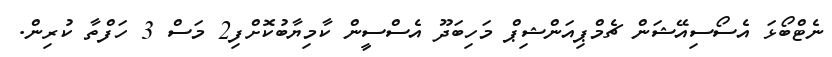
ނެޓްބޯޅަ އެސޯސިއޭޝަން ޗެމްޕިއަންޝިޕް މަހިބަދޫ އެސްސީން ކާމިޔާބުކޮށްފި2 މަސް 3 ހަފްތާ ކުރިން.